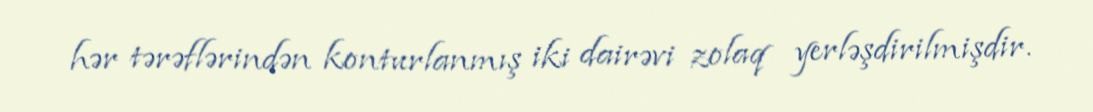
hər tərəflərindən konturlanmış iki dairəvi zolaq yerləşdirilmişdir.